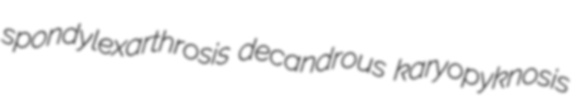
spondylexarthrosis decandrous karyopyknosis